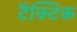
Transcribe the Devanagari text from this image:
टैक्टिक